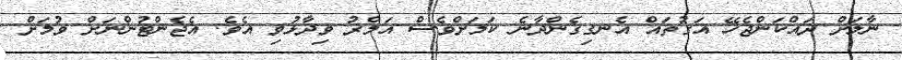
ނާލަށް ދައްކަންޖެހޭ އަގުތައް އެނގިގެންދާނެ ކަމަށްވެސް އަމްރު ވިދާޅުވި އެވެ. އެޖެންޓުންނަށް ވުމަށް